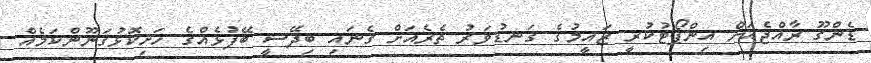
ޑެންގޫ ރާއްޖެއަށް އިންޕޯޓުކުރީ ޒައީމުގެ ގަނޑުވަރު ތެރެއަށް ގެނައި ބިދޭސީ ބޭފުޅެއްގެ ހަށިކޮޅުގަނޫންކަމެއް